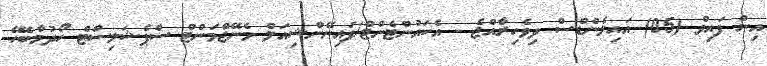
އިން ފައިވް (05) އައިލެންޑްސް ދިވެހިރާއްޖެ - އެކައުންޓެންޓް/ފައިނޭންޝިއަލް މެނޭޖްމަންޓް ސްޕެޝަލިސްޓް ހޯދުމާބެހޭ